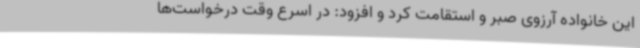
این خانواده آرزوی صبر و استقامت کرد و افزود: در اسرع وقت درخواست‌ها